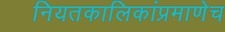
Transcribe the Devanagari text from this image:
नियतकालिकांप्रमाणेच